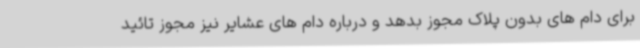
برای دام های بدون پلاک مجوز بدهد و درباره دام های عشایر نیز مجوز تائید